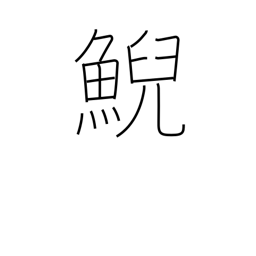
Meaning: female whale